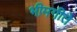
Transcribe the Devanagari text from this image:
भीमगीते